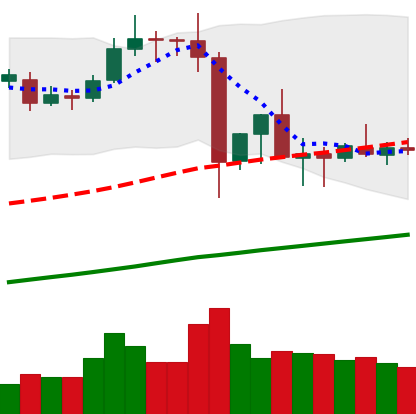
Ticker: ETC-USD
Chart end date: 2019-07-06
Forward return: -15.098%
Label: down_7plus